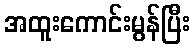
အထူးကောင်းမွန်ပြီး